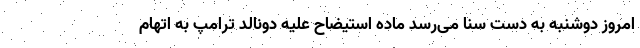
امروز دوشنبه به دست سنا می‌رسد ماده استیضاح علیه دونالد ترامپ به اتهام